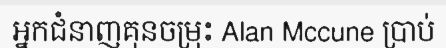
អ្នកជំនាញគុនចម្រុះ Alan Mccune ប្រាប់